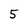
Character: 5